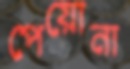
পেয়োনা